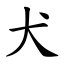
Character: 犬